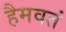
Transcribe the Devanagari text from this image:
हैमवतं